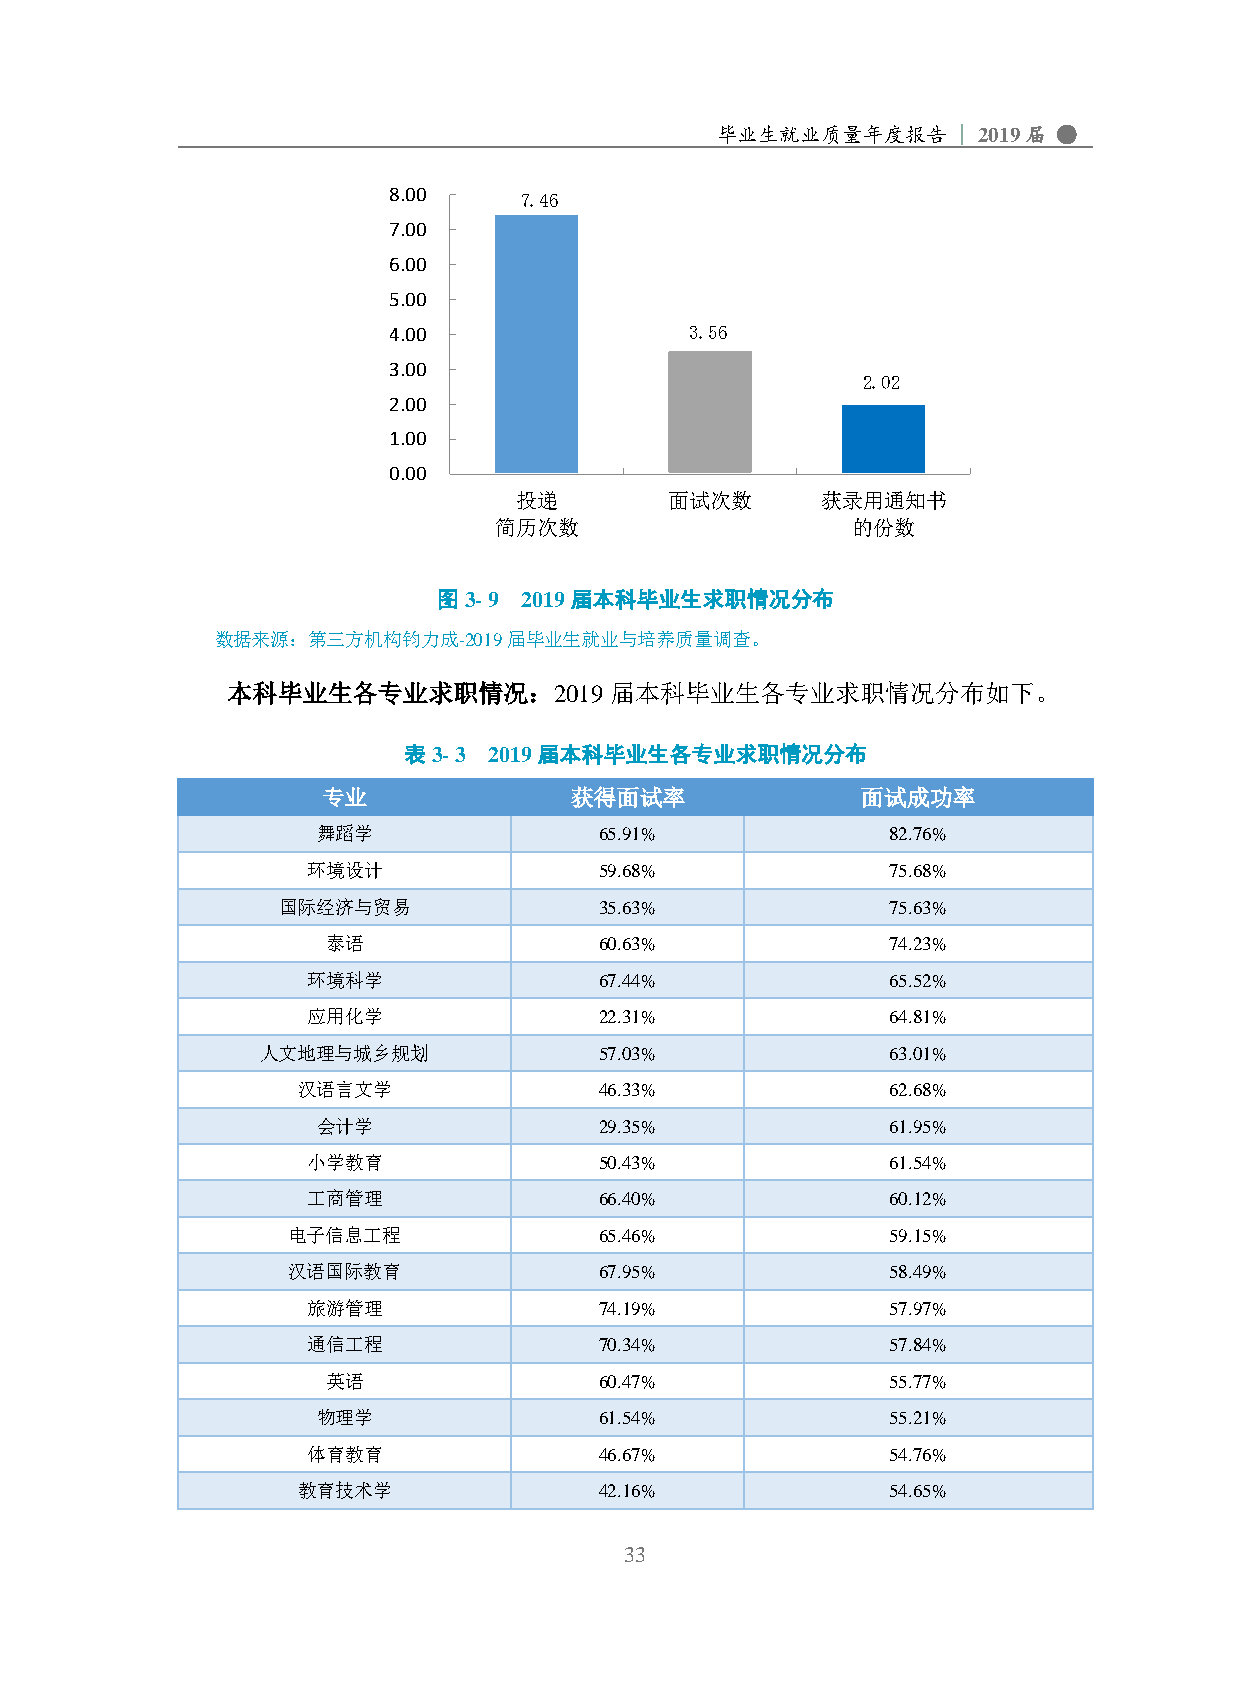
毕业生就业质量年度报告     | 2019届 ●
 8.00    7.46
 7.00
 6.00
 5.00
 4.00                3.56
 3.00
 2.02
 2.00
 1.00
 0.00
 投递        面试次数      获录用通知书
 简历次数                   的份数
 图3- 9 2019届本科毕业生求职情况分布
 数据来源：第三方机构钧力成-2019届毕业生就业与培养质量调查。
 本科毕业生各专业求职情况：2019届本科毕业生各专业求职情况分布如下。
 表3- 3 2019届本科毕业生各专业求职情况分布
 专业               获得面试率              面试成功率
 舞蹈学                65.91%             82.76%
 环境设计                59.68%             75.68%
 国际经济与贸易               35.63%             75.63%
 泰语                60.63%             74.23%
 环境科学                67.44%             65.52%
 应用化学                22.31%             64.81%
 人文地理与城乡规划              57.03%             63.01%
 汉语言文学               46.33%             62.68%
 会计学                29.35%             61.95%
 小学教育                50.43%             61.54%
 工商管理                66.40%             60.12%
 电子信息工程               65.46%             59.15%
 汉语国际教育               67.95%             58.49%
 旅游管理                74.19%             57.97%
 通信工程                70.34%             57.84%
 英语                60.47%             55.77%
 物理学                61.54%             55.21%
 体育教育                46.67%             54.76%
 教育技术学               42.16%             54.65%
 33